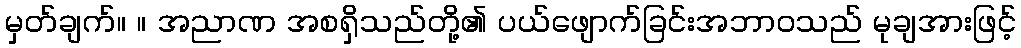
မှတ်ချက်။ ။ အညာဏ အစရှိသည်တို့၏ ပယ်ဖျောက်ခြင်းအဘာဝသည် မုချအားဖြင့်